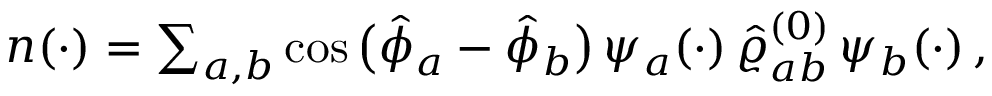
\begin{array} { r } { n ( \cdot ) = \sum _ { a , b } \cos \big ( \hat { \phi } _ { a } - \hat { \phi } _ { b } \big ) \, \psi _ { a } ( \cdot ) \, \hat { \varrho } _ { a b } ^ { ( 0 ) } \, \psi _ { b } ( \cdot ) \, , } \end{array}